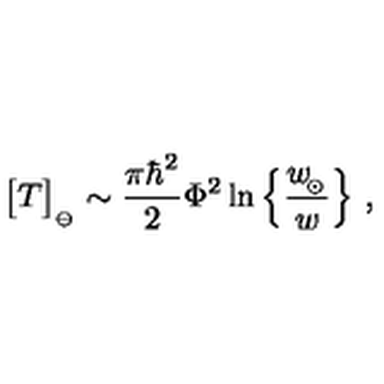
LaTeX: \big [ T \big ] _ { _ \ominus } \sim { \frac { \pi \hbar ^ { 2 } } { 2 } } \Phi ^ { 2 } \ln \Big \{ { \frac { w _ { \! _ { \odot } } } { w } } \Big \} \ ,